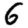
Digit: 6